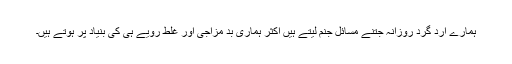
ہمارے ارد گرد روزانہ جتنے مسائل جنم لیتے ہیں اکثر ہماری بد مزاجی اور غلط رویے ہی کی بنیاد پر ہوتے ہیں۔